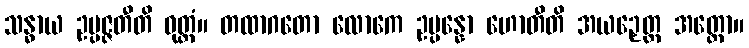
သန္ဓာယ ဥပ္ပဇ္ဇတီတိ ဝုတ္တံ။ တထာဂတော လောကေ ဥပ္ပန္နော ဟောတီတိ အယဉှေတ္ထ အတ္ထော။